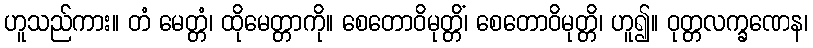
ဟူသည်ကား။ တံ မေတ္တံ၊ ထိုမေတ္တာကို။ စေတောဝိမုတ္တိံ၊ စေတောဝိမုတ္တိ၊ ဟူ၍။ ဝုတ္တလက္ခဏေန၊